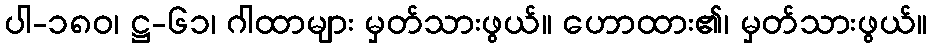
ပါ-၁၈၀၊ ဋ္ဌ-၆၁၊ ဂါထာများ မှတ်သားဖွယ်။ ဟောထား၏၊ မှတ်သားဖွယ်။